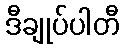
ဒီချုပ်ပါတီ